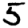
Digit: 5